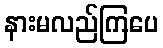
နားမလည်ကြပေ